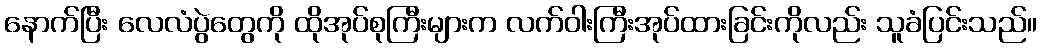
နောက်ပြီး လေလံပွဲတွေကို ထိုအုပ်စုကြီးများက လက်ဝါးကြီးအုပ်ထားခြင်းကိုလည်း သူခံပြင်းသည်။